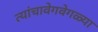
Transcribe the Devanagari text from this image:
त्यांचावेगवेगळ्या